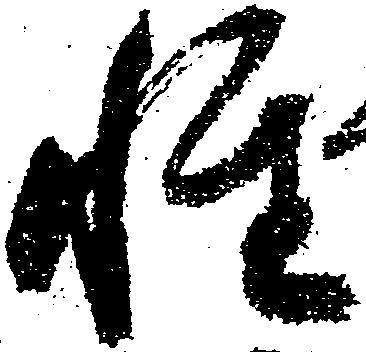
性